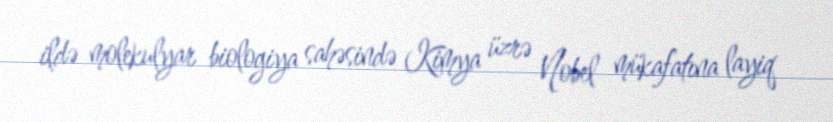
ildə molekulyar biologiya sahəsində Kimya üzrə Nobel mükafatına layiq